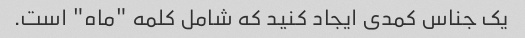
یک جناس کمدی ایجاد کنید که شامل کلمه "ماه" است.